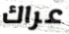
عراك